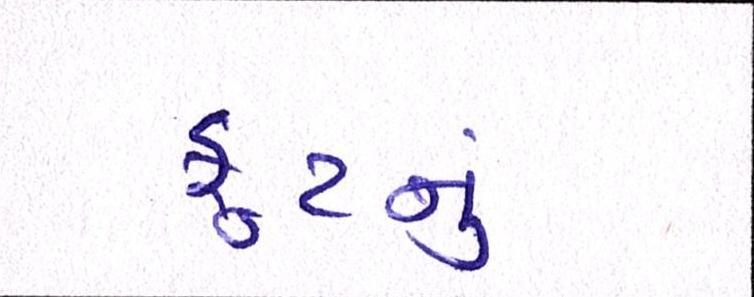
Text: ફૂટનું